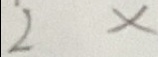
2 x